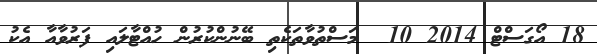
18 އޯގަސްޓް 2014 10  މަސްތުވާތަކެތި ބޭނުންކުރުން ހުއްޓާލައި ފަރުވާއާ އެކު